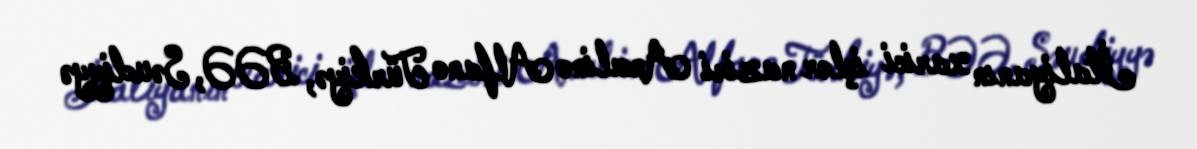
İtaliyanın xarici işlər naziri Ancelino Alfano Türkiyə, BƏƏ, Səudiyyə